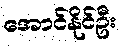
အောင်နိုင်ဦး